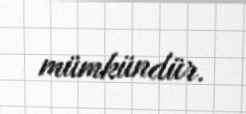
mümkündür.